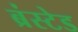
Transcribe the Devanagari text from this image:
ब्रंस्टेड